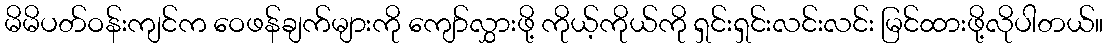
မိမိပတ်ဝန်းကျင်က ဝေဖန်ချက်များကို ကျော်လွှားဖို့ ကိုယ့်ကိုယ်ကို ရှင်းရှင်းလင်းလင်း မြင်ထားဖို့လိုပါတယ်။